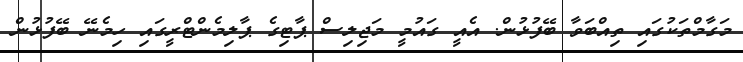
މަގާމްތަކުގައި ތިއްބަވާ ބޭފުޅުން. އެއީ ގައުމީ މަޖިލިސް ޕާޓިގެ ޕާލިމެންޓްރީގައި ހިމެނޭ ބޭފުޅުން